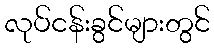
လုပ်ငန်းခွင်များတွင်